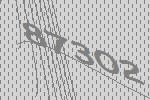
87302